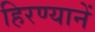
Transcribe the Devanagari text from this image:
हिरण्यानें